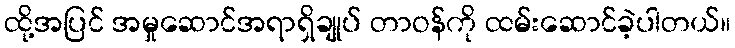
ထို့အပြင် အမှုဆောင်အရာရှိချုပ် တာဝန်ကို ထမ်းဆောင်ခဲ့ပါတယ်။